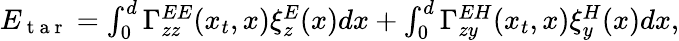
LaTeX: \begin{array}{r}{E_{\mathrm{~t~a~r~}}=\int_{0}^{d}\Gamma_{zz}^{EE}(x_{t},x)\xi_{z}^{E}(x)dx+\int_{0}^{d}\Gamma_{zy}^{EH}(x_{t},x)\xi_{y}^{H}(x)dx,}\end{array}